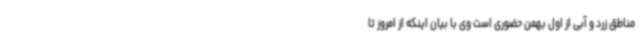
مناطق زرد و آبی از اول بهمن حضوری است وی با بیان اینکه از امروز تا